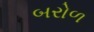
બરોળ